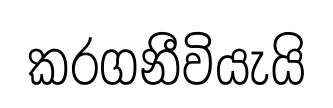
කරගනීවියැයි